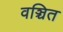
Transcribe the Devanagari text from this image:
वञ्चित